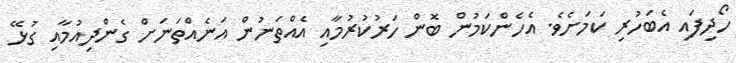
ހޯދިފައި އެބަހުރި ކަމަށެވެ. އެހެންކަމުން ބޮން ހަރުކުރުމާއި އެއްތަނުން އަނެއްތަނަށް ގެންދިއުމާއި ގުޅޭ